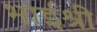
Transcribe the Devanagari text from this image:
भाईश्री